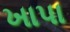
ખાપા